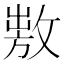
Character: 𢾕